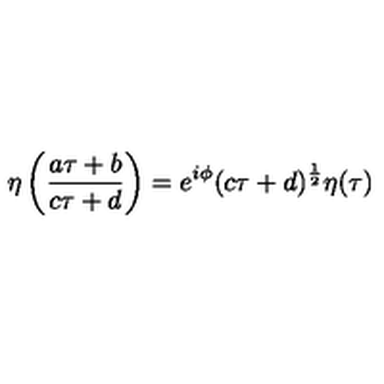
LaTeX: \eta \left( \frac { a \tau + b } { c \tau + d } \right) = e ^ { i \phi } ( c \tau + d ) ^ { \frac { 1 } { 2 } } \eta ( \tau )